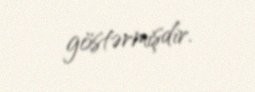
göstərmişdir.